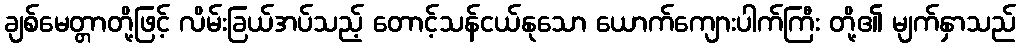
ချစ်မေတ္တာတို့ဖြင့် လိမ်းခြယ်အပ်သည့် တောင့်သန်ငယ်နုသော ယောက်ကျေားပါက်ကြီး တို့၏ မျက်နှာသည်